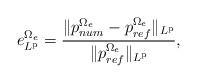
LaTeX: \begin{align*} e^{\Omega_e}_{L^{\mathrm{p}}}=\frac{\lVert p_{num}^{\Omega_e} - p_{ref}^{\Omega_e} \rVert_{L^{\mathrm{p}}}}{\lVert p_{ref}^{\Omega_e} \rVert_{L^{\mathrm{p}}}}, \end{align*}